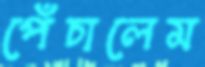
পেঁচালেম